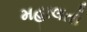
મહાલતો